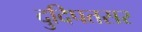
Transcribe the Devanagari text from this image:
दुदिपतसर